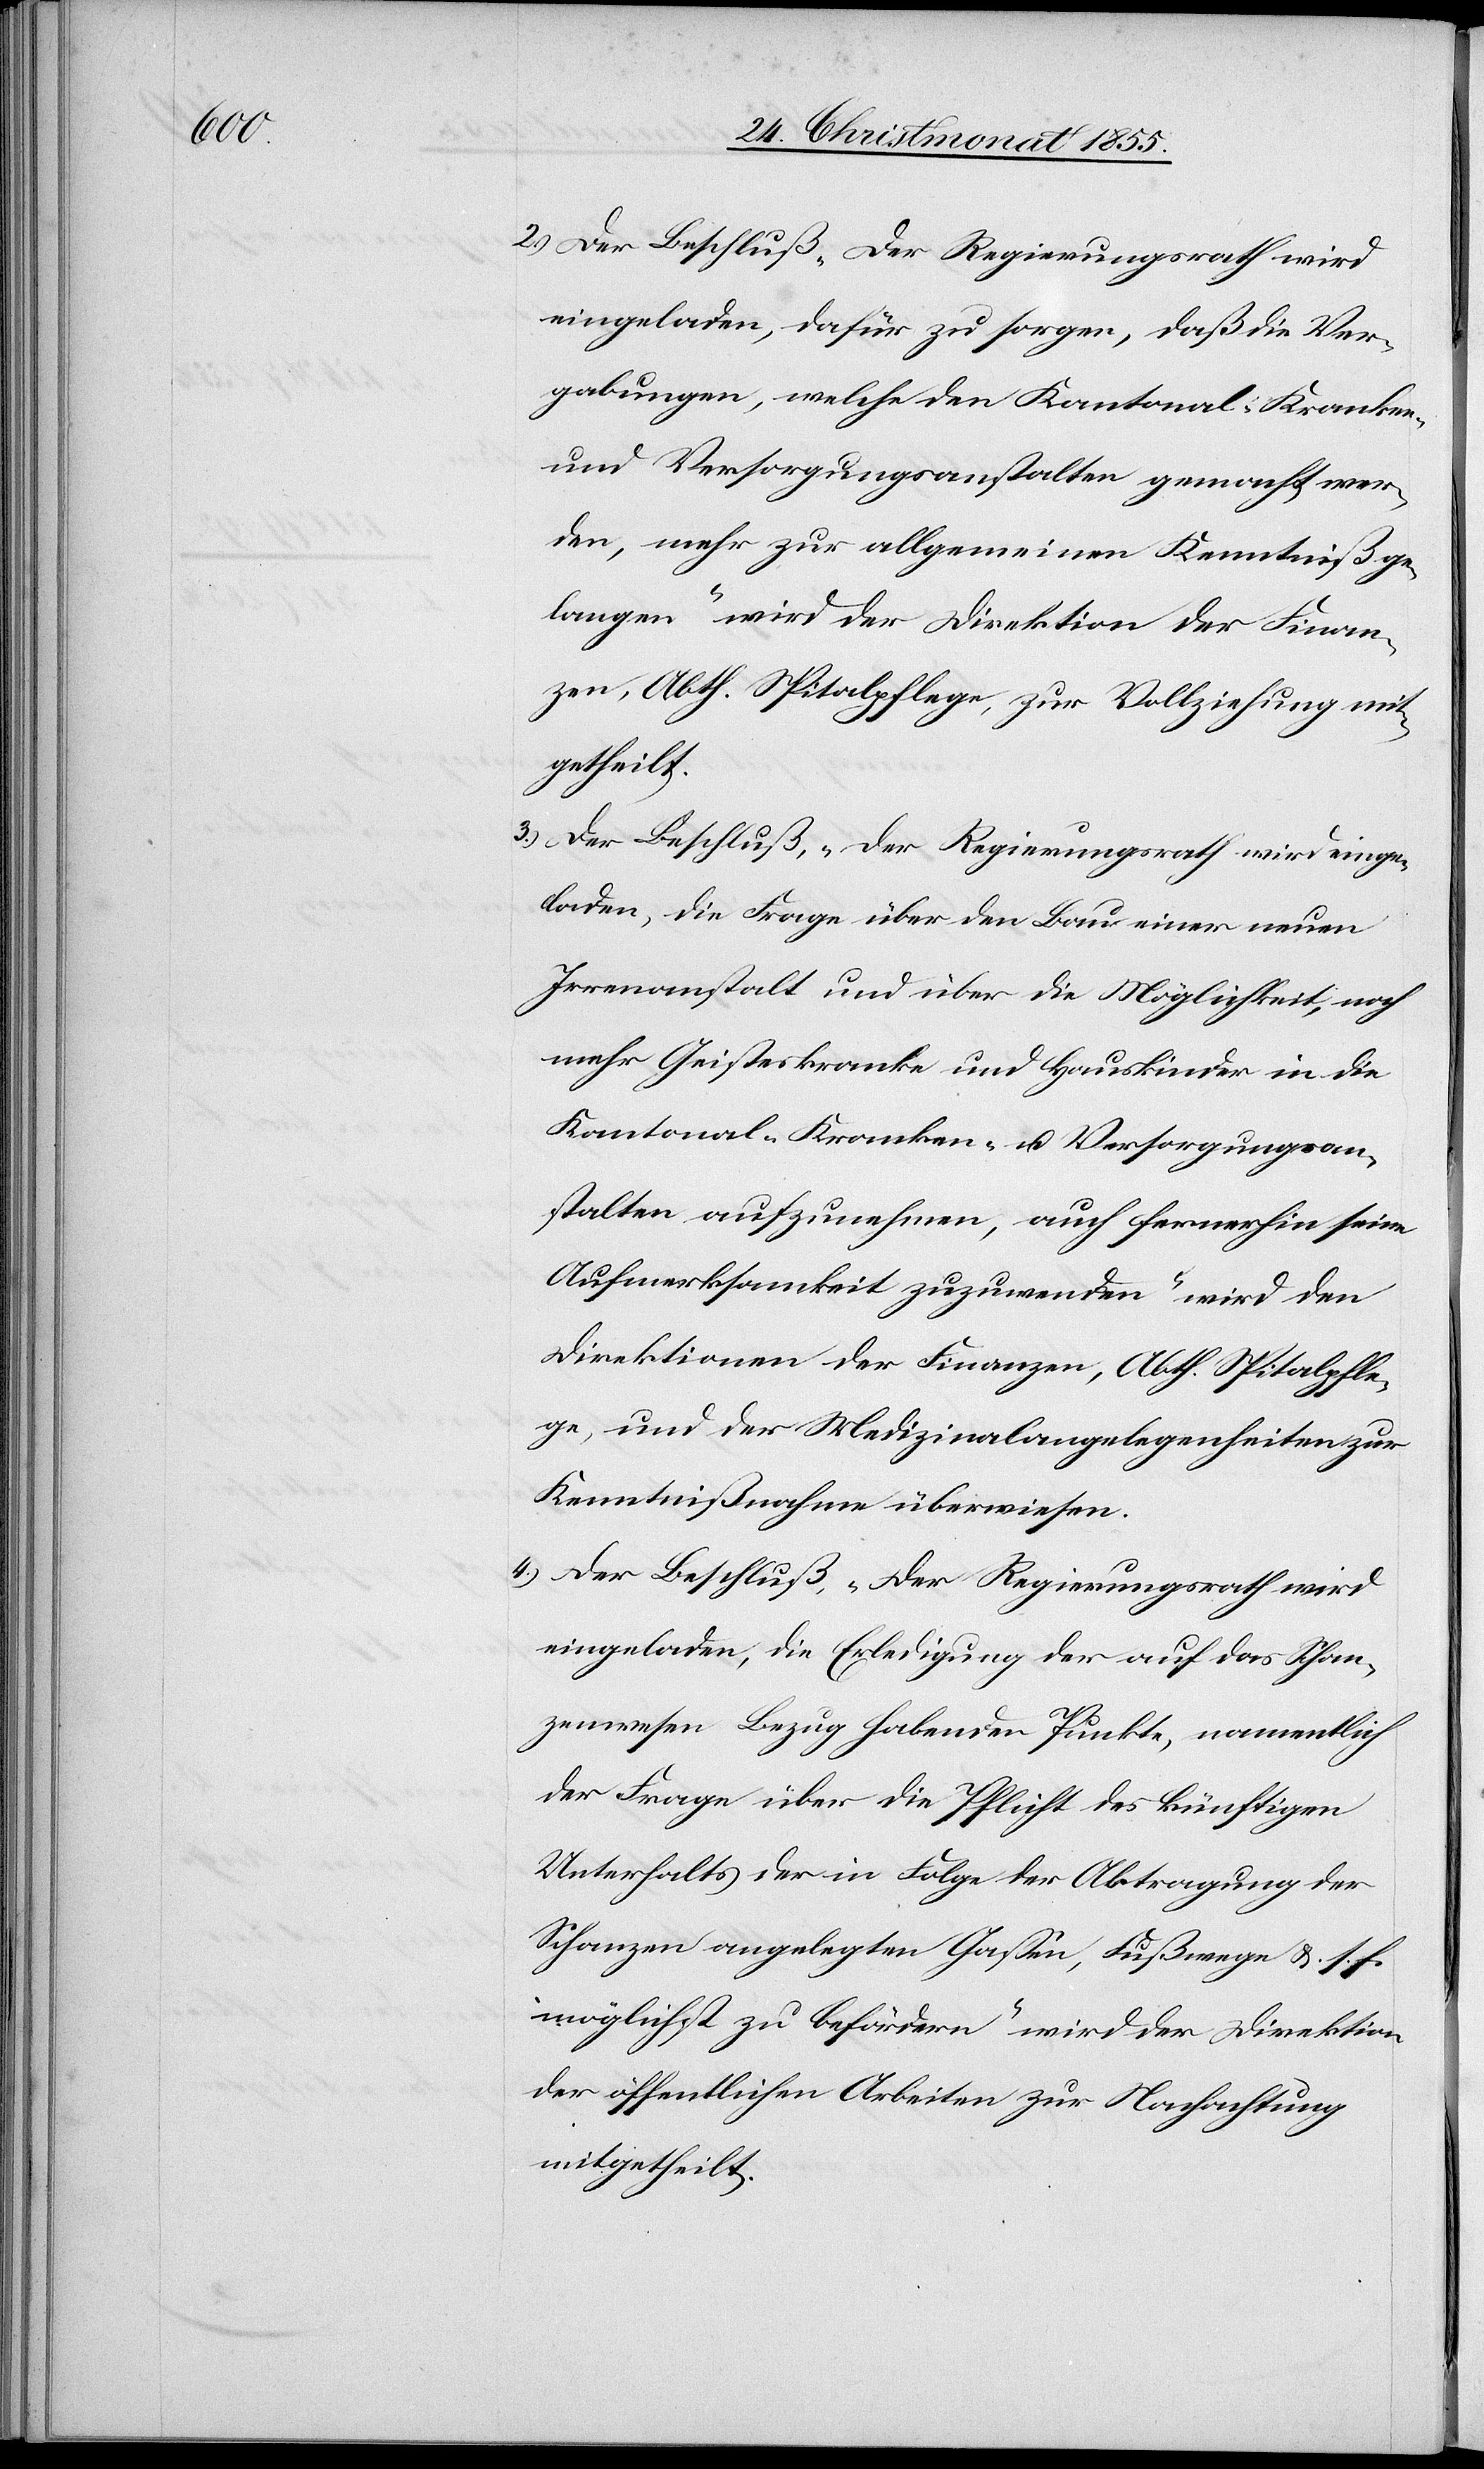
Der Beschluß „Der Regierungsrath wird
eingeladen, dafür zu sorgen, daß die Ver¬
gabungen, welche den Kantonal-Kranken-
und Versorgungsanstalten gemacht wer¬
den, mehr zur allgemeinen Kenntniß ge¬
langen“ wird der Direktion der Finan¬
zen, Abth. Spitalpflege, zur Vollziehung mit¬
getheilt.
Der Beschluß, „Der Regierungsrath wird einge¬
laden, die Frage über den Bau einer neuen
Irrenanstalt und über die Möglichkeit, noch
mehr Geisteskranke und Hauskinder in die
Kantonal-Kranken- u. Versorgungsan¬
stalten aufzunehmen, auch fernerhin seine
Aufmerksamkeit zuzuwenden“ wird den
Direktionen der Finanzen, Abth. Spitalpfle¬
ge, und der Medizinalangelegenheiten zur
Kenntnißnahme überwiesen.
Der Beschluß, „Der Regierungsrath wird
eingeladen, die Erledigung der auf das Schan¬
zenwesen Bezug habenden Punkte, namentlich
der Frage über die Pflicht des künftigen
Unterhalts der in Folge der Abtragung der
Schanzen angelegten Gassen, Fußwege &. s. f.
möglichst zu befördern“ wird der Direktion
der öffentlichen Arbeiten zur Nachachtung
mitgetheilt.